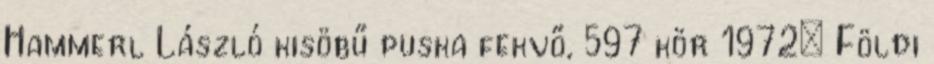
Hammerl László kisöbű puska fekvő, 597 kör 1972: Földi